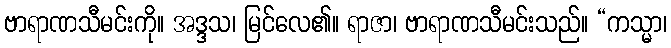
ဗာရာဏသီမင်းကို။ အဒ္ဒသ၊ မြင်လေ၏။ ရာဇာ၊ ဗာရာဏသီမင်းသည်။ “ကသ္မာ၊